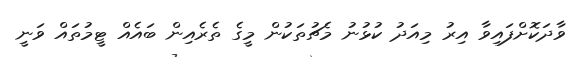
ވާދަކޮށްފައިވާ އިރު މިއަދު ކުޅުނު މެޗުތަކުން މީގެ ތެރެއިން ބައެއް ޓީމުތައް ވަނީ